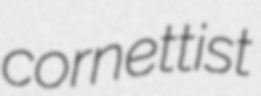
cornettist